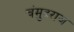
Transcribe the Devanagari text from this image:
चंमुदराज